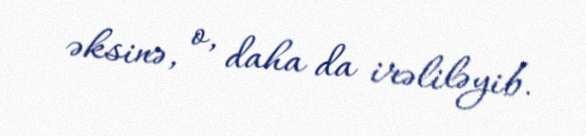
əksinə, o, daha da irəliləyib.